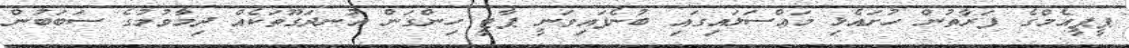
ޕީޕީއެމްގެ ފަރާތުން ހުށައެޅި މައްސަލައިގައި ބުނެފައިވަނީ ޕާޓީ ހިންގަން އުނދަގޫތަކެއް ދިމާވުމުގެ ސަބަބުން